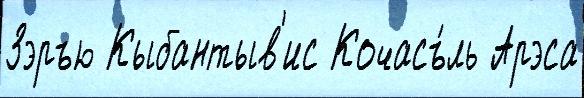
Зэръю Кыбантыв'ис Кочасъ́ль Арэса